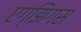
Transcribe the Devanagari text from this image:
एग्झिगस